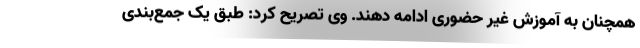
همچنان به آموزش غیر حضوری ادامه دهند. وی تصریح کرد: طبق یک جمع‌بندی